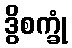
ဒွိစက္ခုံ